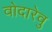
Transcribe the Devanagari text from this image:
वोदारेवु